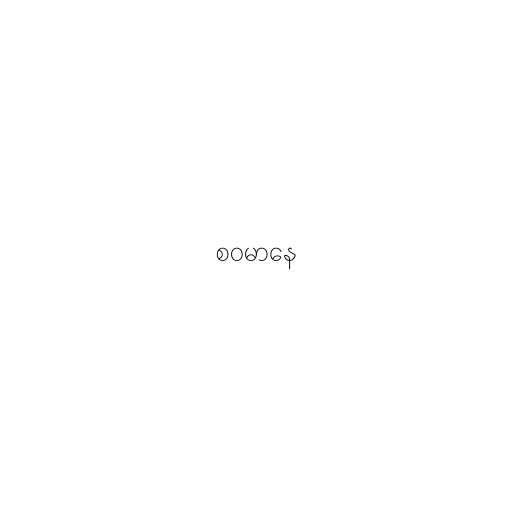
စဝမာနေ